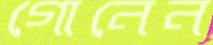
গোনেন